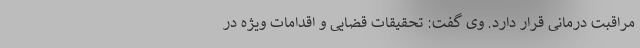
مراقبت درمانی قرار دارد. وی گفت: تحقیقات قضایی و اقدامات ویژه در